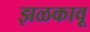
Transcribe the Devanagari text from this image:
झळकावू